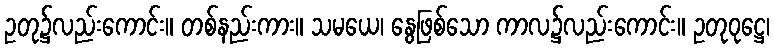
ဥတု၌လည်းကောင်း။ တစ်နည်းကား။ သမယေ၊ နွေဖြစ်သော ကာလ၌လည်းကောင်း။ ဥတုဝုဋ္ဌေ၊